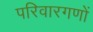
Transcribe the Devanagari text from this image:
परिवारगणों